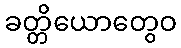
ခတ္တိယောတွေဝ